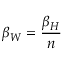
\beta _ { W } = \frac { \beta _ { H } } { n }